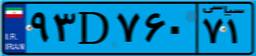
۲۵D۰۸۴۰۴